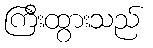
ကြီးထွားသည်